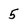
Character: 5